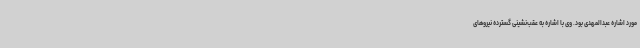
مورد اشاره عبدالمهدی بود. وی با اشاره به عقب‌نشینی گسترده نیروهای